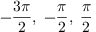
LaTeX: - { \frac { 3 \pi } { 2 } } , \; - { \frac { \pi } { 2 } } , \; { \frac { \pi } { 2 } }